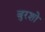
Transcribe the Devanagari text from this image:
बुरशो